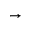
\rightarrow